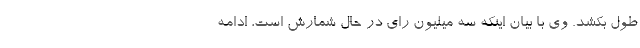
طول بکشد. وی با بیان اینکه سه میلیون رای در حال شمارش است، ادامه